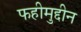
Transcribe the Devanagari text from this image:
फहीमुद्दीन